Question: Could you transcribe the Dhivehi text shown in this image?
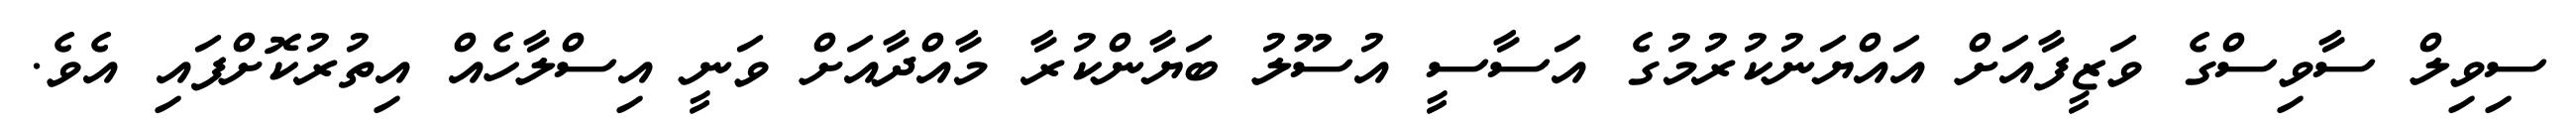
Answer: ސިވިލް ސާވިސްގެ ވަޒީފާއަށް އައްޔަނުކުރުމުގެ އަސާސީ އުސޫލު ބަޔާންކުރާ މާއްދާއަށް ވަނީ އިސްލާހެއް އިތުރުކޮށްފައި އެވެ.